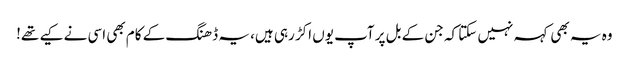
وہ یہ بھی کہہ نہیں سکتا کہ جن کے بل پر آپ یوں اکڑ رہی ہیں، یہ ڈھنگ کے کام بھی اسی نے کیے تھے!